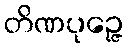
တိဏပုဉ္ဇေ